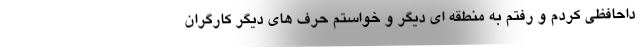
داحافظی کردم و رفتم به منطقه ای دیگر و خواستم حرف های دیگر کارگران